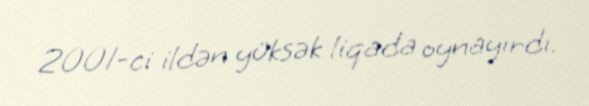
2001-ci ildən yüksək liqada oynayırdı.